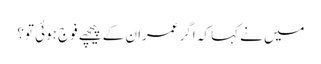
میں نے کہا کہ اگر عمران کے پیچھے فوج ہوئی تو؟